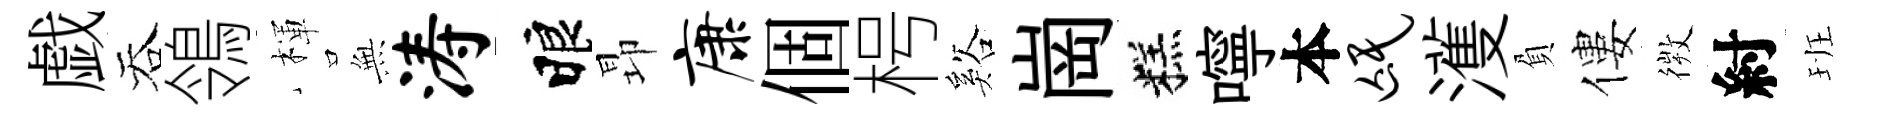
戯吞鴒楎𭴾涛睱昻康個枵谿崗糕嚀本氓濩負僂𢕄紂班